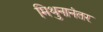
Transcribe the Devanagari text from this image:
मिथुनानंतर